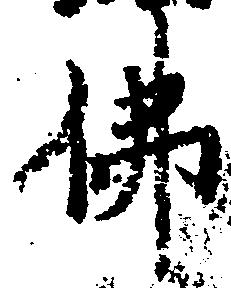
仏